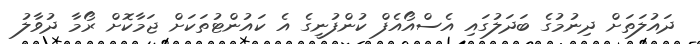
ދައުލަތަށް ދިނުމުގެ ބަދަލުގައި އެސްއޯއެފް ކުންފުނީގެ އެ ކައުންޓުތަކަށް ޖަމާކޮށް ރޯމާ ދުވާލު